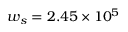
w _ { s } = 2 . 4 5 \times 1 0 ^ { 5 }